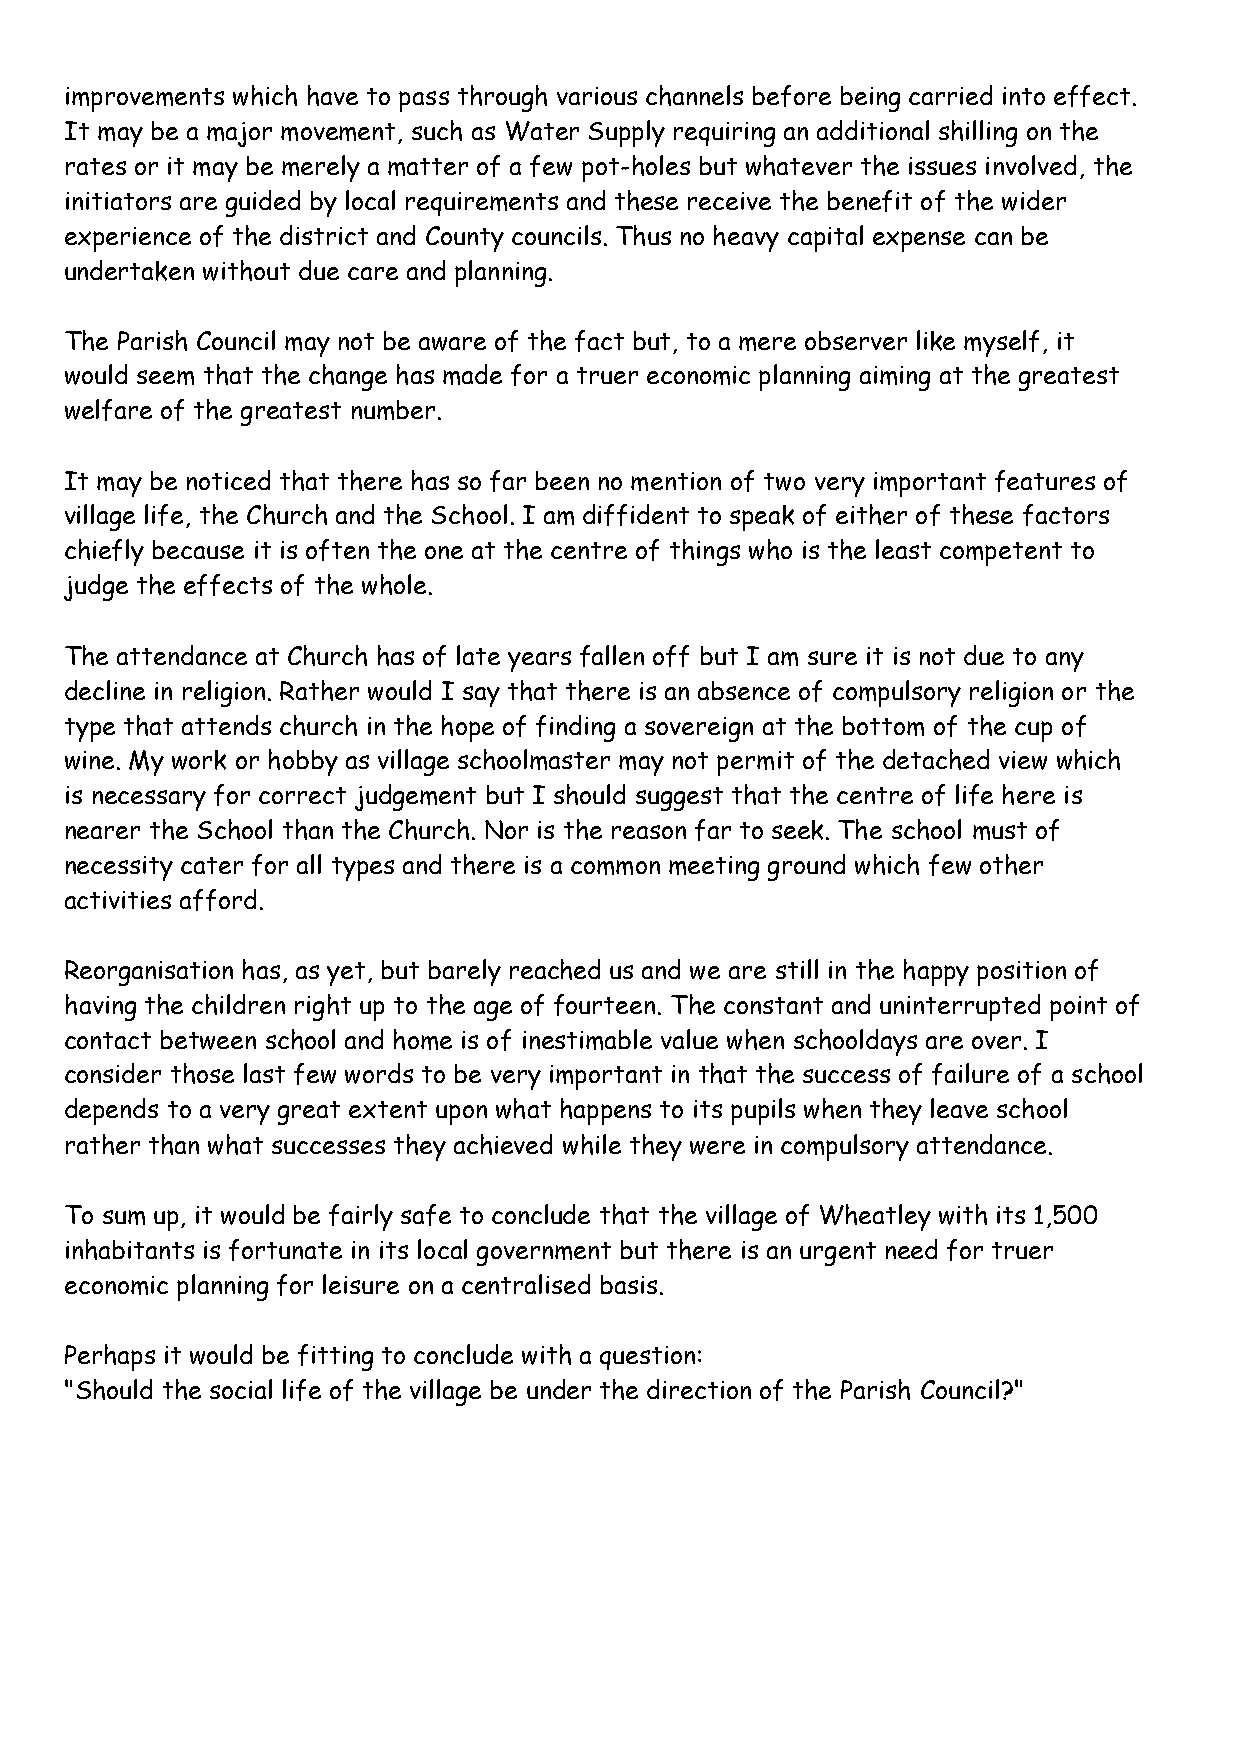
improvements which have to pass through various channels before being carried into effect.
 It may be a major movement, such as Water Supply requiring an additional shilling on the
 rates or it may be merely a matter of a few pot-holes but whatever the issues involved, the
 initiators are guided by local requirements and these receive the benefit of the wider
 experience of the district and County councils. Thus no heavy capital expense can be
 undertaken without due care and planning.
 The Parish Council may not be aware of the fact but, to a mere observer like myself, it
 would seem that the change has made for a truer economic planning aiming at the greatest
 welfare of the greatest number.
 It may be noticed that there has so far been no mention of two very important features of
 village life, the Church and the School. I am diffident to speak of either of these factors
 chiefly because it is often the one at the centre of things who is the least competent to
 judge the effects of the whole.
 The attendance at Church has of late years fallen off but I am sure it is not due to any
 decline in religion. Rather would I say that there is an absence of compulsory religion or the
 type that attends church in the hope of finding a sovereign at the bottom of the cup of
 wine. My work or hobby as village schoolmaster may not permit of the detached view which
 is necessary for correct judgement but I should suggest that the centre of life here is
 nearer the School than the Church. Nor is the reason far to seek. The school must of
 necessity cater for all types and there is a common meeting ground which few other
 activities afford.
 Reorganisation has, as yet, but barely reached us and we are still in the happy position of
 having the children right up to the age of fourteen. The constant and uninterrupted point of
 contact between school and home is of inestimable value when schooldays are over. I
 consider those last few words to be very important in that the success of failure of a school
 depends to a very great extent upon what happens to its pupils when they leave school
 rather than what successes they achieved while they were in compulsory attendance.
 To sum up, it would be fairly safe to conclude that the village of Wheatley with its 1,500
 inhabitants is fortunate in its local government but there is an urgent need for truer
 economic planning for leisure on a centralised basis.
 Perhaps it would be fitting to conclude with a question:
 "Should the social life of the village be under the direction of the Parish Council?"